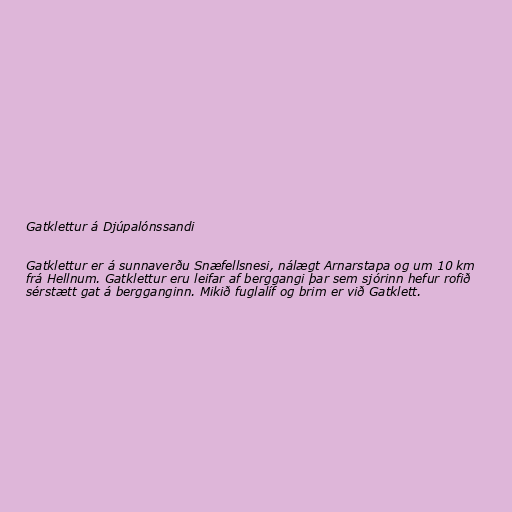
Gatklettur á Djúpalónssandi

Gatklettur er á sunnaverðu Snæfellsnesi, nálægt Arnarstapa og um 10 km
frá Hellnum. Gatklettur eru leifar af berggangi þar sem sjórinn hefur rofið
sérstætt gat á bergganginn. Mikið fuglalíf og brim er við Gatklett.